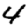
Digit: 4